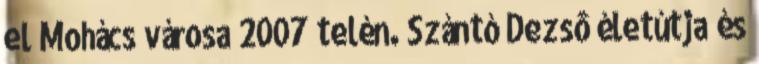
el Mohács városa 2007 telén. Szántó Dezsô életútja és